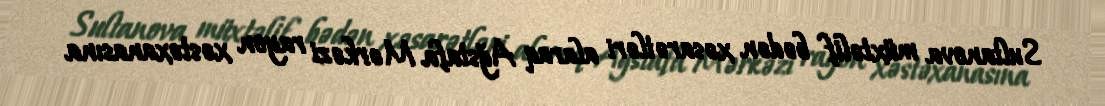
Sultanova müxtəlif bədən xəsarətləri alaraq Ağstafa Mərkəzi rayon xəstəxanasına